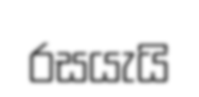
රසයැයි